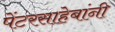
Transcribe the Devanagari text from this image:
पेंटरसाहेबांनी